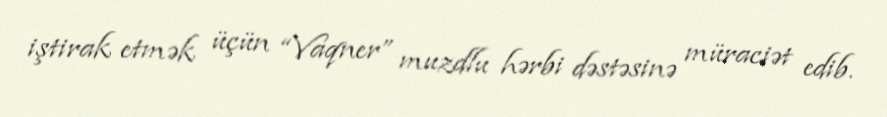
iştirak etmək üçün “Vaqner” muzdlu hərbi dəstəsinə müraciət edib.